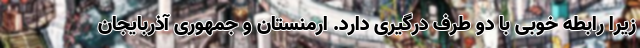
زیرا رابطه خوبی با دو طرف درگیری دارد. ارمنستان و جمهوری آذربایجان